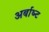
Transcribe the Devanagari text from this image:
अर्बाथ्न्ट